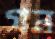
গন